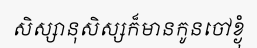
សិស្សានុសិស្សក៏មានកូនចៅខ្ងុំ